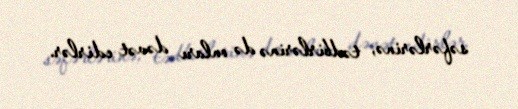
səfərlərinə, tədbirlərinə də onları dəvət edirlər.